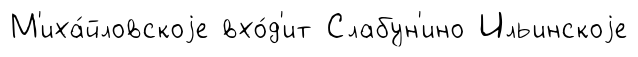
М'иха́йловскоjе вхо́д'ит Слабун'ино Ильинскоjе